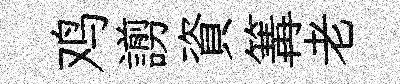
鸡謭資篝老